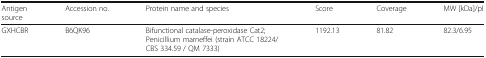
<table><thead><tr><td><b>Antigensource</b></td><td><b>Accession no.</b></td><td><b>Protein name and species</b></td><td><b>Score</b></td><td><b>Coverage</b></td><td><b>MW [kDa]/pI</b></td></tr></thead><tbody><tr><td>GXHCBR</td><td>B6QK96</td><td>Bifunctional catalase-peroxidase Cat2;Penicillium marneffei (strain ATCC 18224/CBS 334.59 / QM 7333)</td><td>1192.13</td><td>81.82</td><td>82.3/6.95</td></tr></tbody></table>